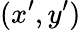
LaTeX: (x^{\prime},y^{\prime})